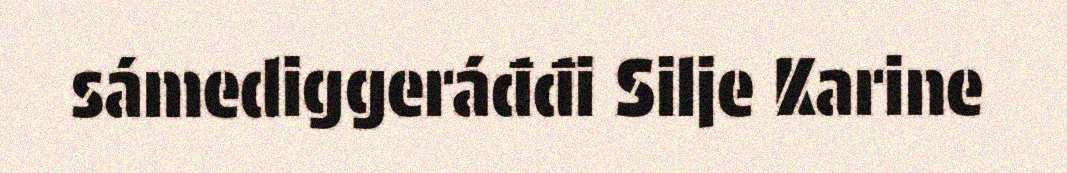
sámediggeráđđi Silje Karine